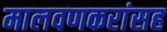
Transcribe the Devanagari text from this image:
मालवणकरांसह